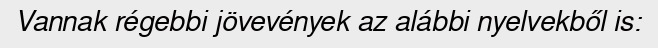
Vannak régebbi jövevények az alábbi nyelvekből is: